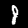
Digit: 8